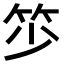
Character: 𥬃